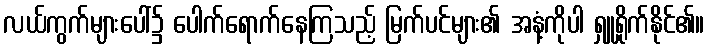
လယ်ကွက်များပေါ်၌ ပေါက်ရောက်နေကြသည့် မြက်ပင်များ၏ အနံ့ကိုပါ ရှူရှိုက်နိုင်၏။